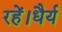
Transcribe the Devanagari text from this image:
रहें।धैर्य